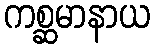
ကစ္ဆမာနာယ